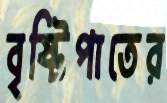
বৃষ্টিপাতের